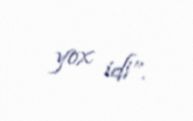
yox idi”.